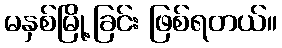
မနှစ်မြို့ခြင်း ဖြစ်ရတယ်။